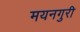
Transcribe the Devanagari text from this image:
मयनगुरी